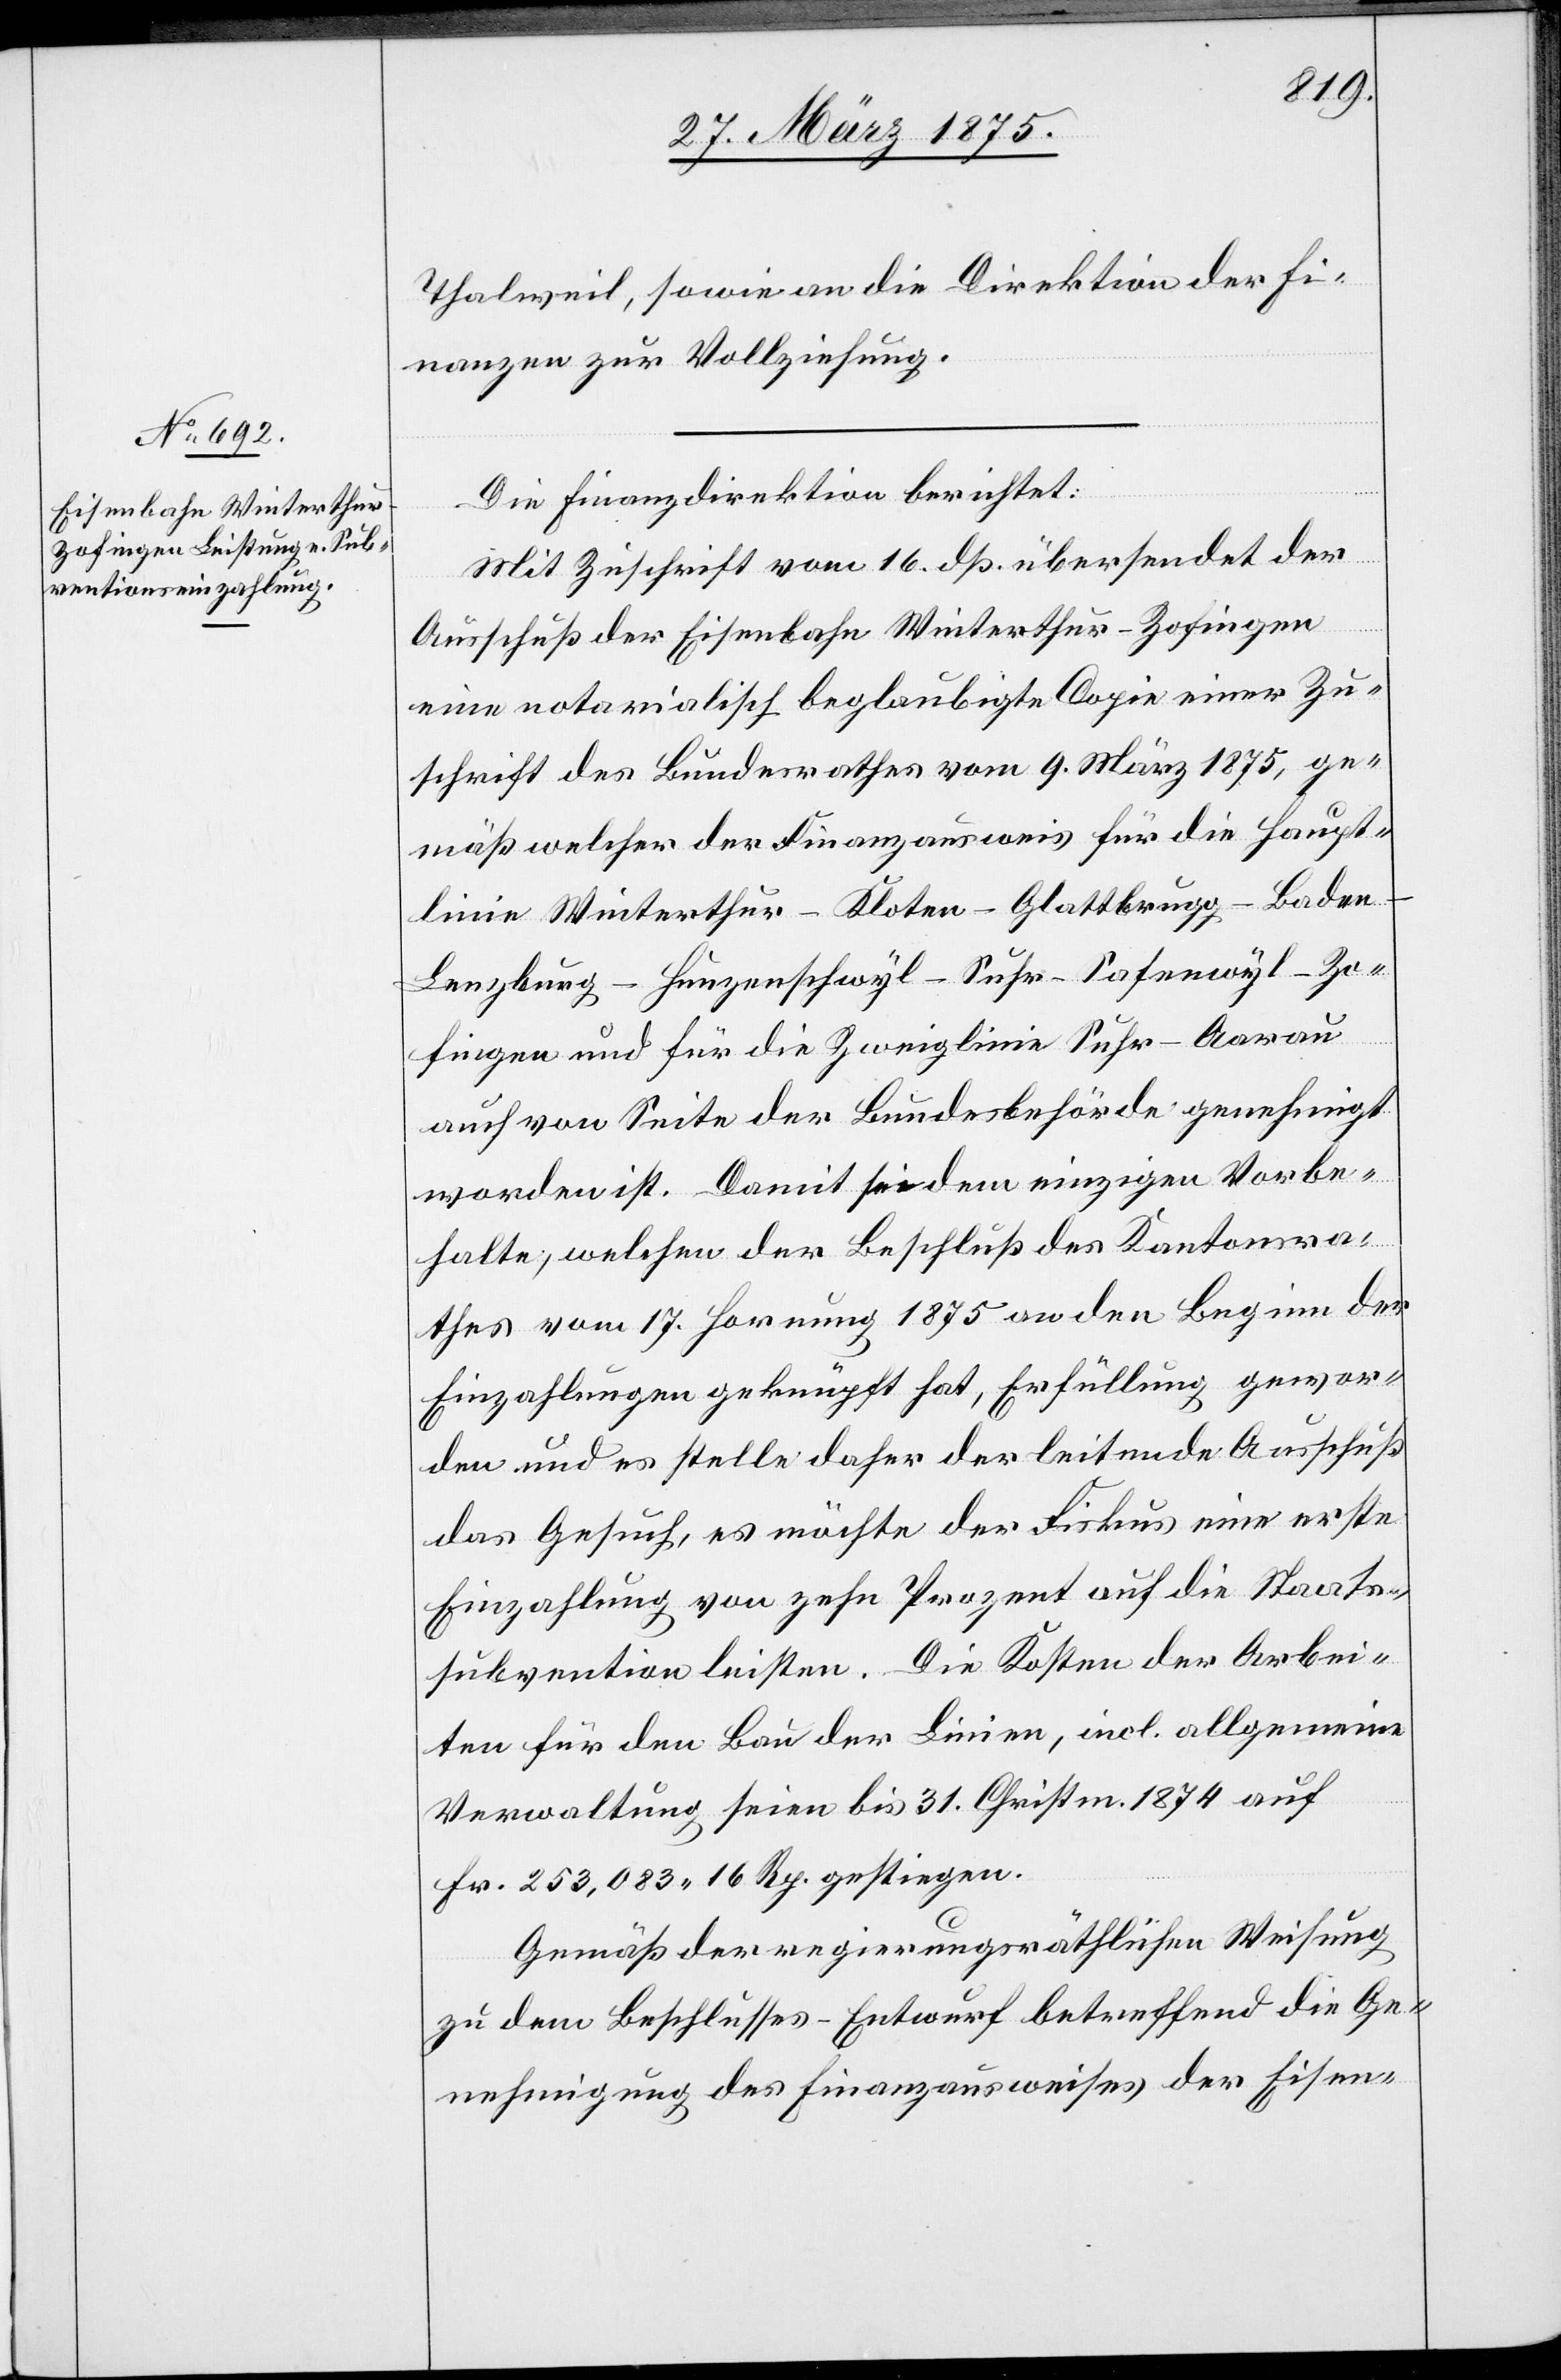
Thalweil, sowie an die Direktion der Fi¬
nanzen zur Vollziehung.
Die Finanzdirektion berichtet:
Mit Zuschrift vom 16. dß. übersendet der
Ausschuß der Eisenbahn Winterthur–Zofingen
eine notarialisch beglaubigte Copie einer Zu¬
schrift der Bundesrathes vom 9. März 1875, ge¬
mäß welcher der Finanzausweis für die Haupt¬
linie Winterhtur–Kloten–Glattbrugg–Baden–L¬
enzburg–Hunzenschwyl–Suhr–Safenwyl–Zo¬
fingen und für die Zweiglinie Suhr–Aarau
auch von Seite der Bundesbehörde genehmigt
worden ist. Damit sei dem einzigen Vorbe¬
halte, welchen der Beschluß des Kantonsra¬
thes vom 17. Hornung 1875 an den Beginn der
Einzahlungen geknüpft hat, Erfüllung gewor¬
den und es stelle daher der leitende Ausschuß
das Gesuch es möchte der Fiskus eine erste
Einzahlung von zehn Prozent auf die Staats¬
subvention leisten. Die Kosten der Arbei¬
ten für den Bau der Linien, incl. allgemeine
Verwaltung seien bis 31. Christm. 1874 auf
Fr. 253,083 16 Rp. gestiegen.
Gemäß der regierungsräthlichen Weisung
zu dem Beschlusses-Entwurf betreffend die Ge¬
nehmigung des Finanzausweises der Eisen-